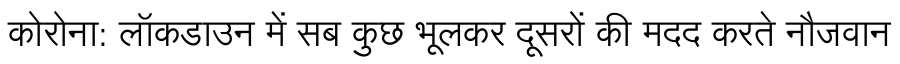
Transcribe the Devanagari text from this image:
कोरोना: लॉकडाउन में सब कुछ भूलकर दूसरों की मदद करते नौजवान